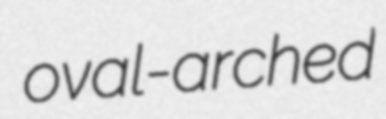
oval-arched